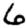
Digit: 6